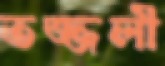
তজ্জলী